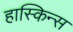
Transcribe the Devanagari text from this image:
हास्किन्स